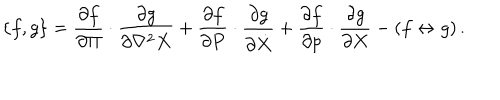
LaTeX: \{ f , g \} = { \frac { \partial f } { \partial \Pi } } \cdot { \frac { \partial g } { \partial \nabla ^ { 2 } X } } + { \frac { \partial f } { \partial P } } \cdot { \frac { \partial g } { \partial \dot { X } } } + { \frac { \partial f } { \partial p } } \cdot { \frac { \partial g } { \partial X } } - ( f \leftrightarrow g ) \, .